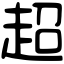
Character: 超